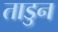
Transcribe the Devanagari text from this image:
ताडुन